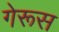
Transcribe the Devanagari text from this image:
गेरूस